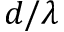
d / \lambda